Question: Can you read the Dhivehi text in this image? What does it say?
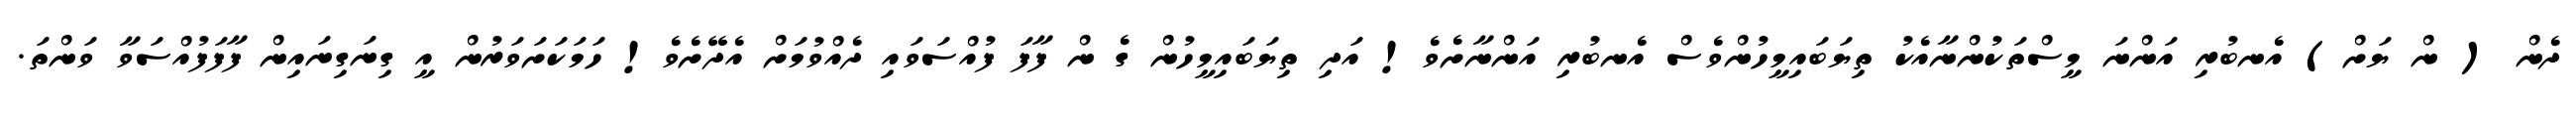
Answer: ދެން ( ން ޔަށް) އެނބުރި އަންނަ މީސްތަކުންނާއެކު ތިޔަބައިމީހުންވެސް އެނބުރި އަންނާށެވެ! އަދި ތިޔަބައިމީހުން ގެ ން ފާފަ ފުއްސަވައި ދެއްވުމަށް އެދޭށެވެ! ހަމަކަށަވަރުން އީ ގިނަގިނައިން ފާފަފުއްސަވާ ވަންތަ.